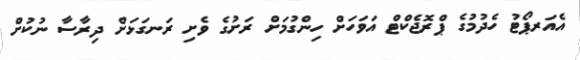
އެއަރޕޯޓު ހެދުމުގެ ޕްރޮޖެކްޓް އަވަހަށް ހިންގުމަށް ރަށުގެ ވެށި ރަނގަޅަށް ދިރާސާ ނުކުށް